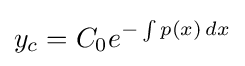
y_{c}=C_{0}e^{-\int p(x)\,dx}